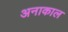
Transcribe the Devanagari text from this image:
अनाकाल